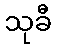
သုခီ